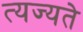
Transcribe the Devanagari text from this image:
त्यज्यते